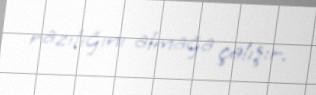
razılığını almağa çalışır.